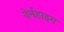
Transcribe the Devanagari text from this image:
वेर्नहाइम